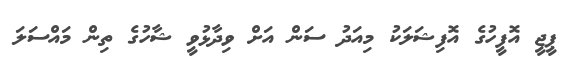
ޕީޖީ އޮފީހުގެ އޮފިޝަލަކު މިއަދު ސަން އަށް ވިދާޅުވީ ޝާހުގެ ތިން މައްސަލަ